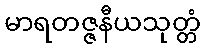
မာရတဇ္ဇနီယသုတ္တံ